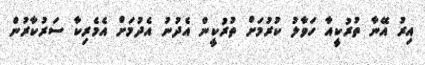
އިރު އޭނާ ތުރުކީއާ ހަވާލު ކުރުމަށް ތުރުކީން އެދުނު އެދުމަށް އެމެރިކާ ސަރުކާރުން